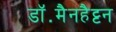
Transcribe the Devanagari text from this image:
डॉ॰मैनहैट्टन